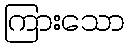
ကြားသော